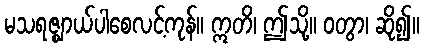
မသရဇ္ဈာယ်ပါစေလင့်ကုန်။ ဣတိ၊ ဤသို့။ ဝတွာ၊ ဆို၍။